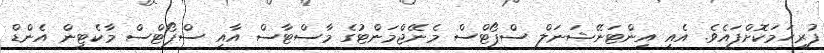
ފުރިހަމަކޮށްފައެވެ. އެއީ އިންޓަނޭޝަނަލް ސްޕޯޓްސް މެނޭޖްމަންޓުގެ މާސްޓާސް އާއި ސްޕޯޓްސް މާކެޓިން އެންޑް